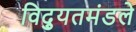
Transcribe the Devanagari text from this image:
विद्युतमंडले